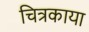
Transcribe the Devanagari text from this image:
चित्रकाया